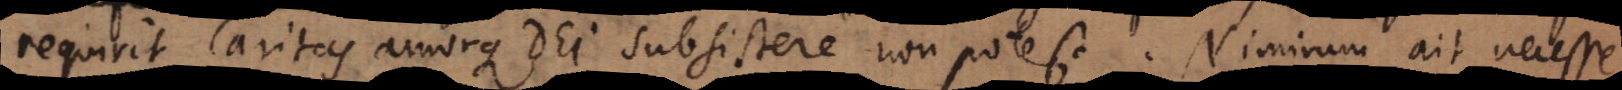
requirit Caritas amorque Dei subsistere non potest. Nimirum ait necesse